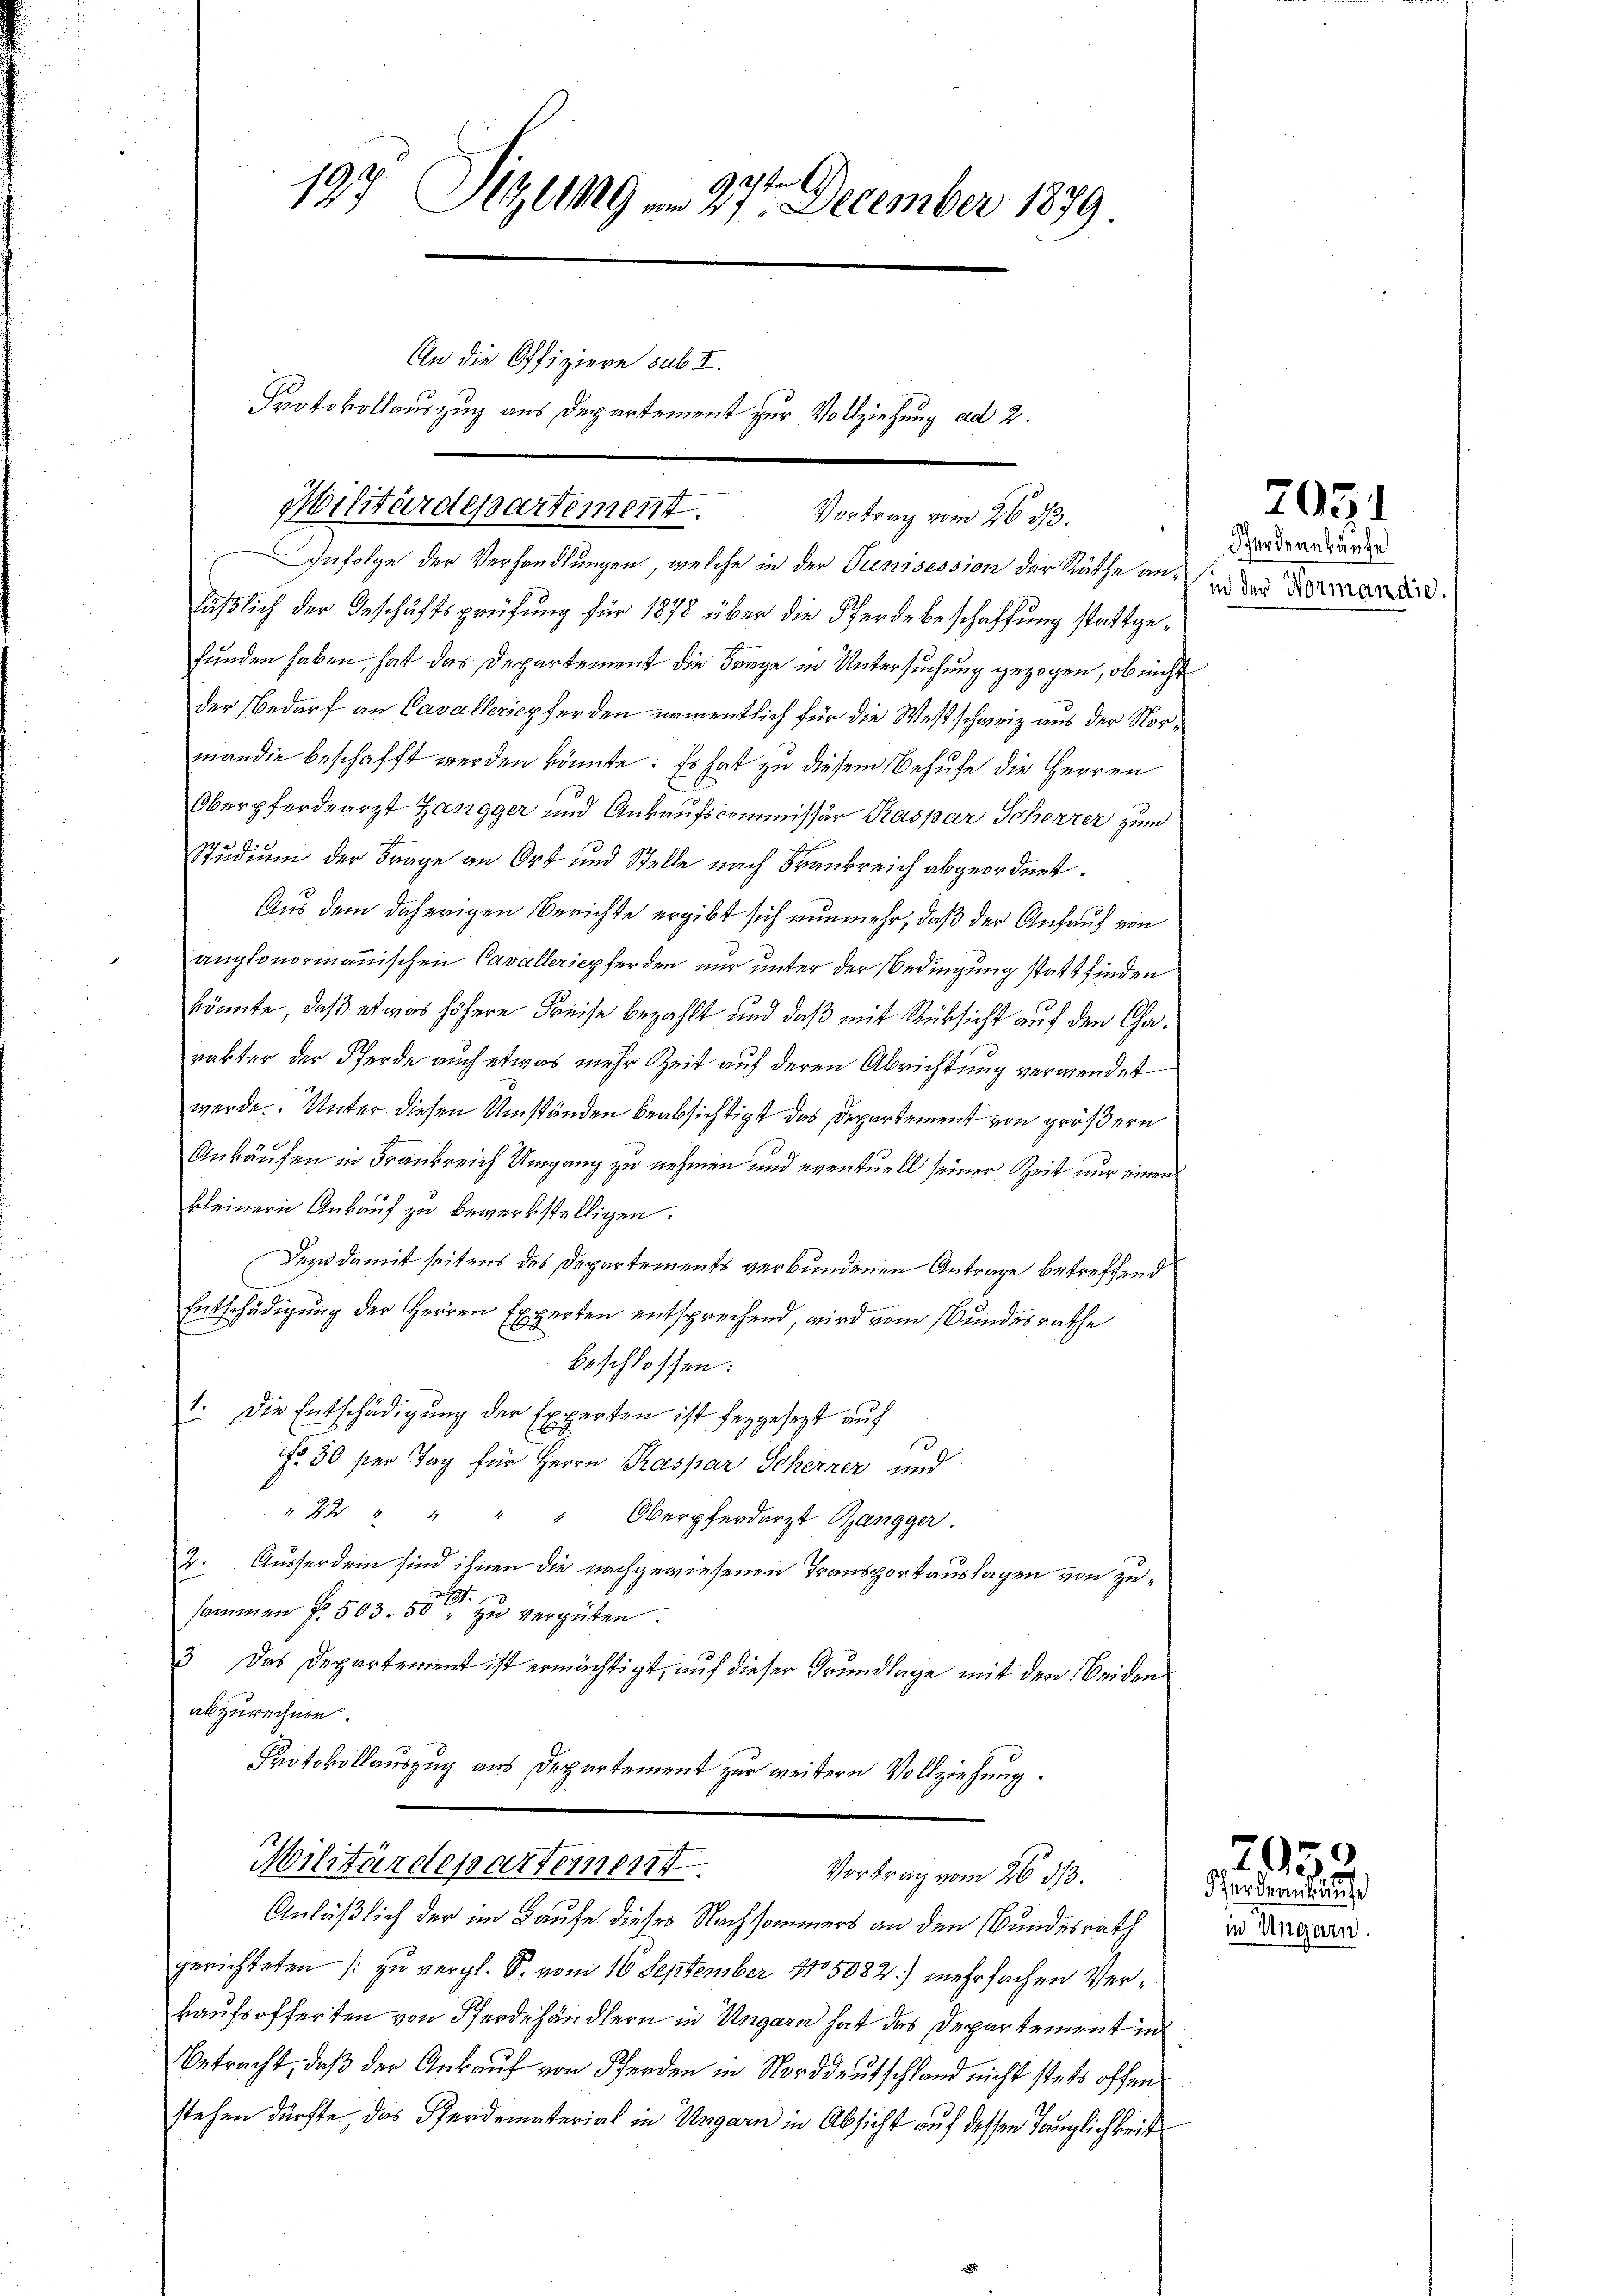
Militärdepartement.

197 Sizung von 27ten December 1879
An die Offiziere sub I.
Protokollauszug aus Departement zur Vollziehung ad 2.

Vortrag vom 26. 33.

Infolge der Verhandlungen, welche in der Tunisession der Räthe an-
läßlich der Geschäftsprüfung für 1878 über die Pferde beschaffung stattgefunden haben, hat das Departement die Frage in Untersuchung gezogen, ob nicht
der Bedarf an Cavalleriepfer den namentlich für die Westschweiz aus der Norman die beschafft werden könnte. Es hat zu diesem Behufe die Herren
Oberpferdearzt Zangger und Ankaufscommissär Kaspar Schenzer zum
Studium der Frage an Ort und Stelle nach Frankreich abgeordnet.
Aus dem daherigen Berichte ergibt sich nunmehr, daß der Anfauf von
anglonormanischen Cavalleriepferden nur unter der Bedingung stattfinden
könnte, daß etwas höhere Kreise bezahlt und daß mit Rücksicht auf den Charakter der Pferde auch etwas mehr Zeit auf deren Abrichtung verwendet
werde. Unter diesen Umständen beabsichtigt das Departement von größern
Ankäufen in Frankreich Umgang zu nehmen und eventuell seiner Zeit nur einen
kleinern Ankauf zu bewerkstelligen.
Dend damit seitens des Departements verbundenen Antrage betreffend
Entschädigung der Herren Experten entsprechend, wird vom Bundesrathe
beschlossen:
Die Entschädigung der Experten ist fergesezt auf
f
E
Fr. 30 per Tag für Herrn Kaspar Scherzer und
" 22. " " " " Oberpferdarzt Rangger
2. Ausserden sind ihnen die nachgewiesenen Transportauslagen von zusammen fr. 503. 50 zu vergüten.
3 Das Departement ist ermächtigt, auf dieser Grundlage mit den beiden
abzurechnen.
Protokollauszug aus Departement zur weitern Vollziehung.
Militärdepartement.
Vortrag vom 26. ds.
Anläßlich der im Laufe dieses Nachsammers an den Bundesrath
gerichteten /: zu vergl. S. vom 16 September 185082) mehrfachen Verkaufsofferten von Pferdehändlern in Ungarn hat das Departement in
Betracht, daß der Ankauf von Pferden in Norddeutschland nicht stets offenstehen dürfte das Pferdemateriat in Ungarn in Absicht auf dessen Tauglichkeit

Verdankäufe
in der Normandie.

2035
Pferderkäufe
in Ungarn.

2051